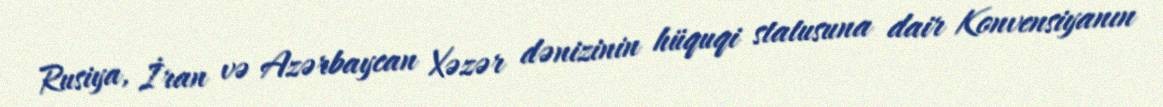
Rusiya, İran və Azərbaycan Xəzər dənizinin hüquqi statusuna dair Konvensiyanın